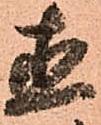
直